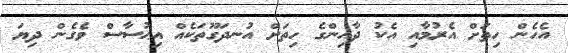
އެހެން ހިތަށް އެރުމާއި އެކު ދާއިންގެ ހިތަށް އުނދަގޫތަކެއް އިޙުސާސް ވެގެން ދިޔަ